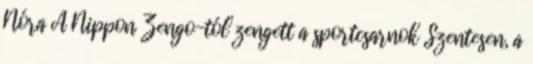
Nóra A Nippon Zengo-tól zengett a sportcsarnok Szentesen, a